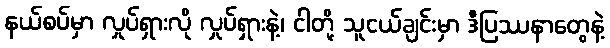
နယ်စပ်မှာ လှုပ်ရှားလို လှုပ်ရှားနဲ့၊ ငါတို့ သူငယ်ချင်းမှာ ဒီပြဿနာတွေနဲ့